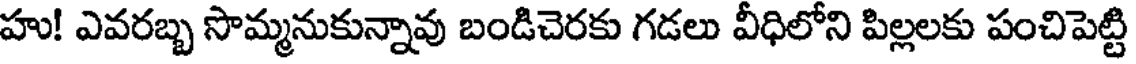
హు! ఎవరబ్బ సొమ్మనుకున్నావు బండిచెరకు గడలు వీధిలోని పిల్లలకు పంచిపెట్టి